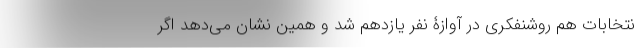
نتخابات هم روشنفکری در آوازۀ نفر یازدهم شد و همین نشان می‌دهد اگر